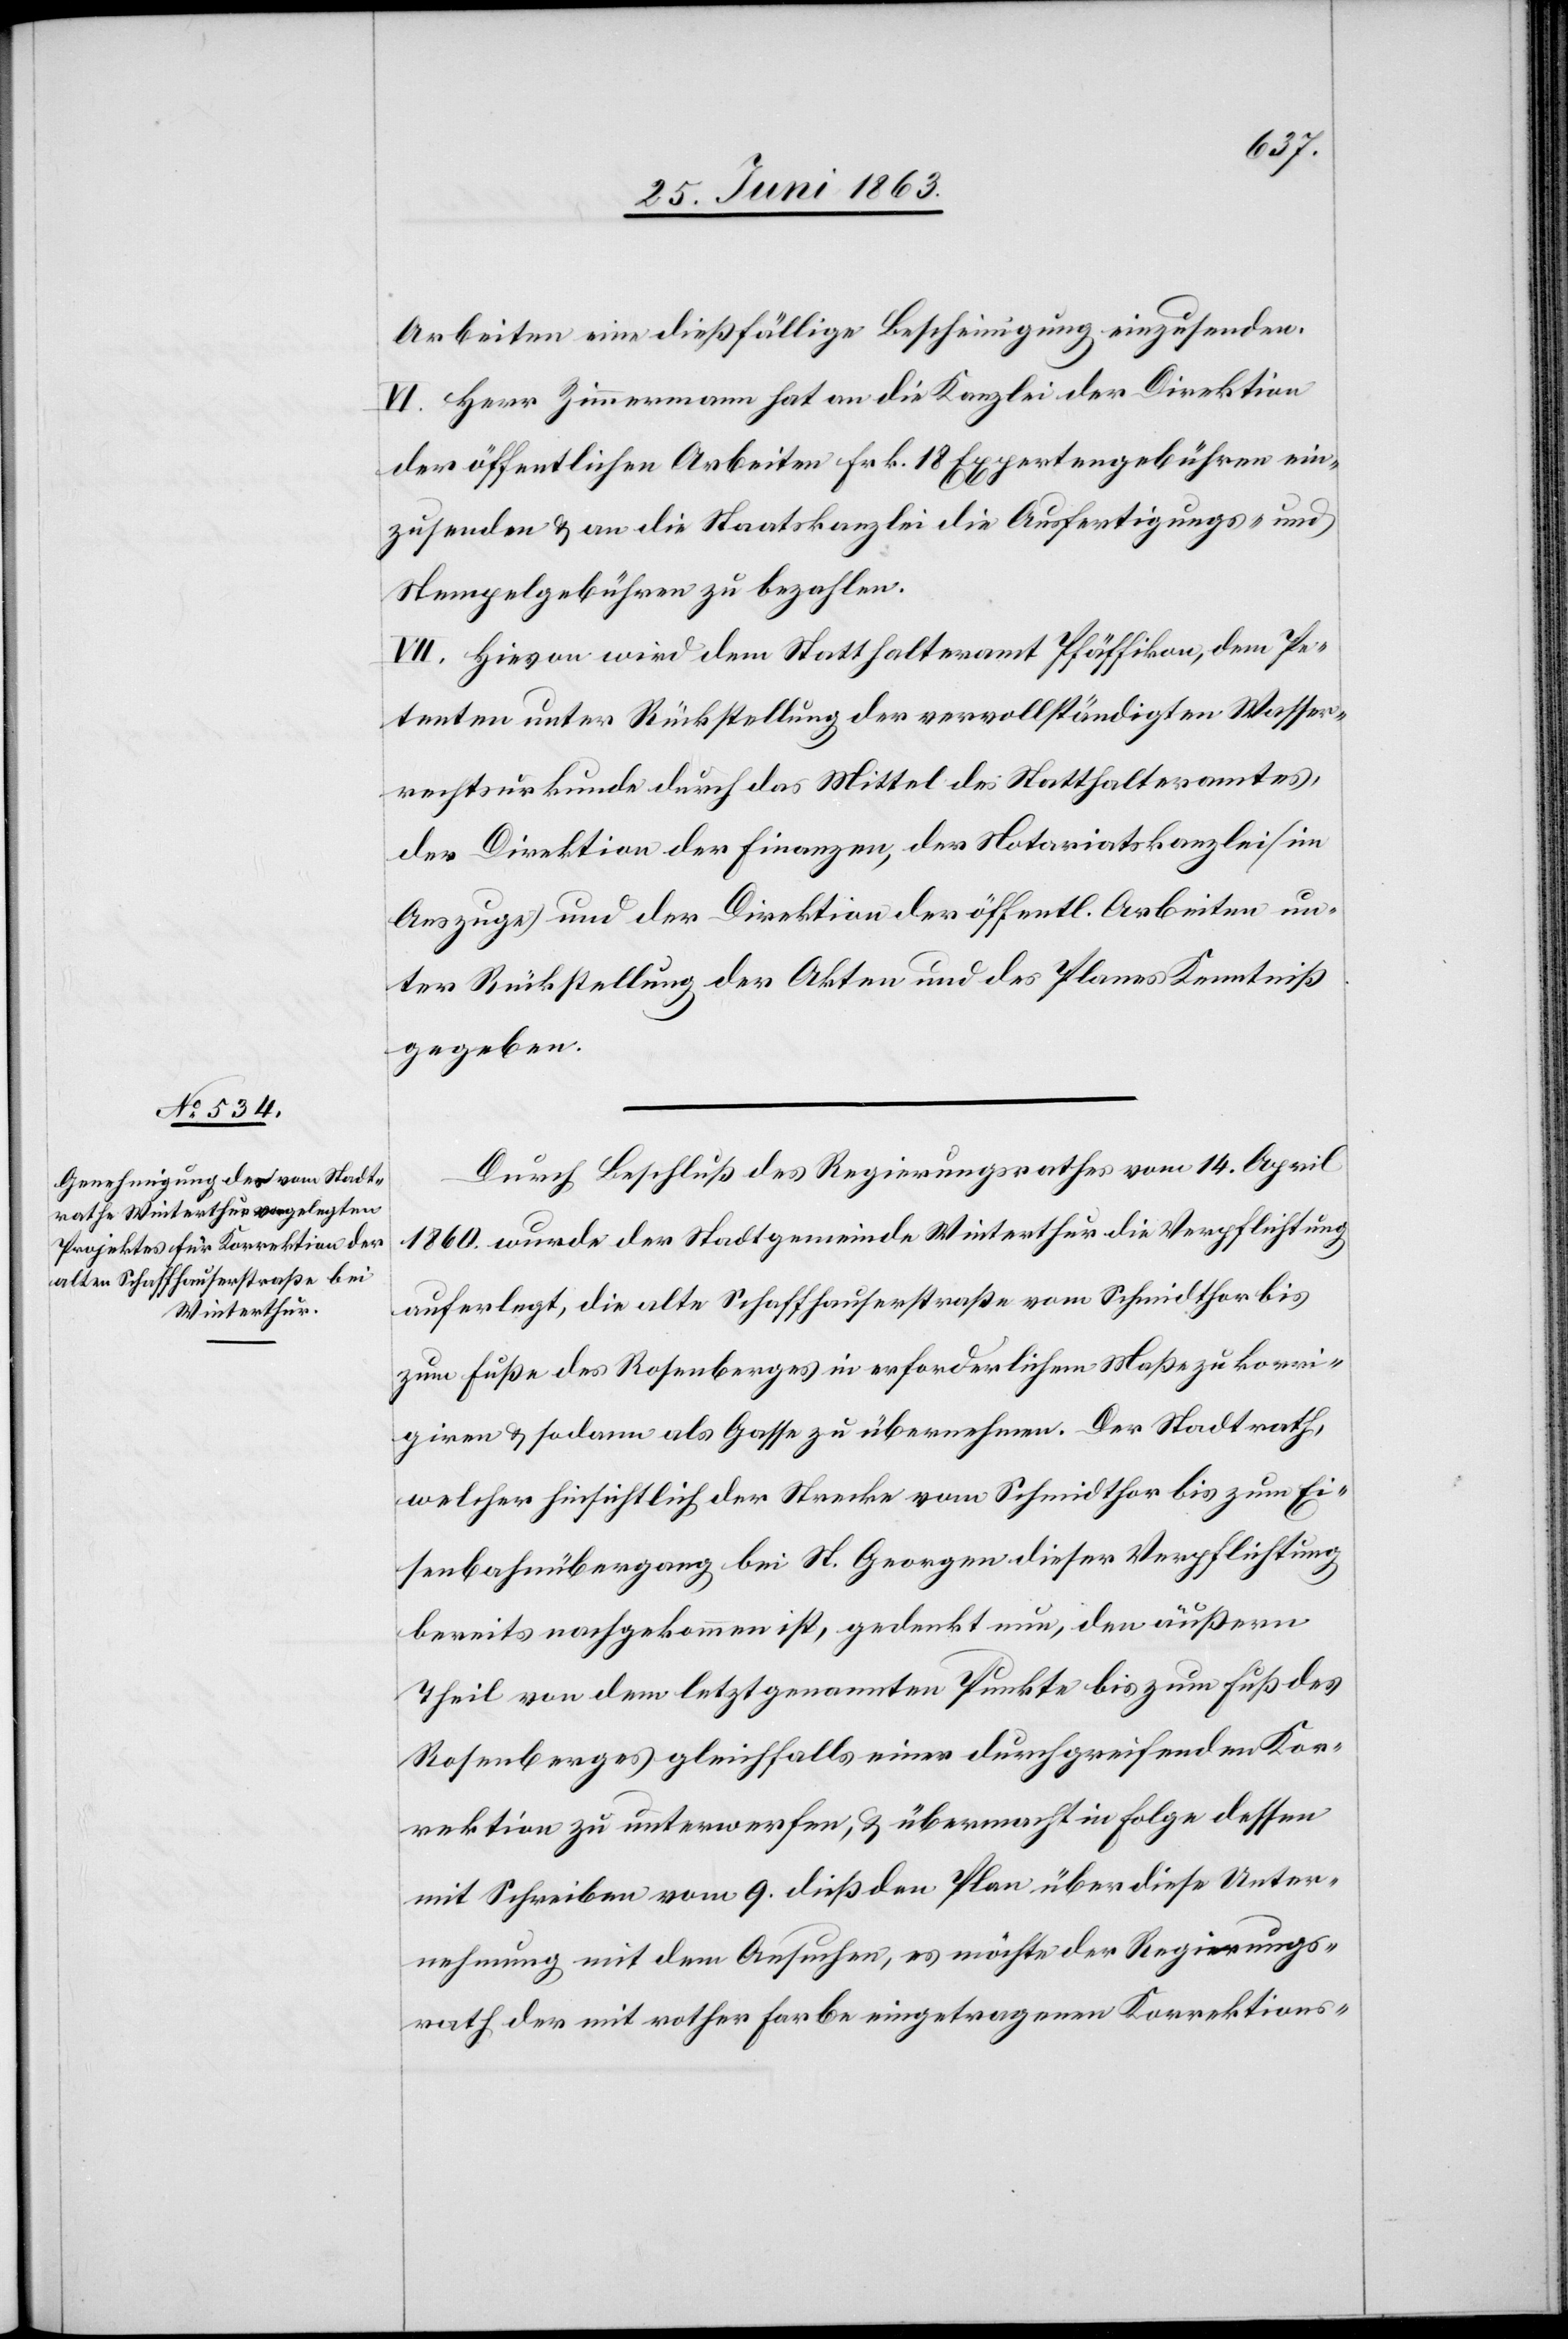
Arbeiten eine dießfällige Bescheinigung einzusenden.
VI. Herr Zimmermann hat an die Kanzlei der Direktion
der öffentlichen Arbeiten Frk. 18 Expertengebühren ein¬
zusenden & an die Staatskanzlei die Ausfertigungs- und
Stempelgebühren zu bezahlen.
VII. Hievon wird dem Statthalteramt Pfäffikon, dem Pe¬
tenten unter Rückstellung der vervollständigten Wasser¬
rechtsurkunde durch das Mittel des Statthalteramtes,
der Direktion der Finanzen, der Notariatskanzlei (im
Auszuge) und der Direktion der öffentl. Arbeiten un¬
ter Rückstellung der Akten und des Planes Kenntniß
gegeben.
Durch Beschluß des Regierungsrathes vom 14. April
1860. wurde der Stadtgemeinde Winterthur die Verpflichtung
auferlegt, die alte Schaffhauserstraße vom Schmidthor bis
zum Fuße des Rosenberges in erforderlichem Maße zu korri¬
giren & sodann als Gasse zu übernehmen. Der Stadtrath,
welcher hinsichtlich der Strecke vom Schmidthor bis zum Ei¬
senbahnübergang bei St. Georgen dieser Verpflichtung
bereits nachgekommen ist, gedenkt nun, den äußern
Theil von dem letztgenannten Punkte bis zum Fuß des
Rosenberges gleichfalls einer durchgreifenden Kor¬
rektion zu unterwerfen, & übermacht in Folge dessen
mit Schreiben vom 9. dieß den Plan über diese Unter¬
nehmung mit dem Ansuchen, es möchte der Regierungs¬
rath der mit rother Farbe eingetragenen Korrektions-